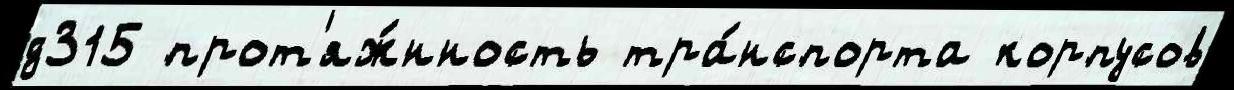
д315 прот'яж́нность тра́нспорта корпусов